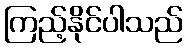
ကြည့်နိုင်ပါသည်